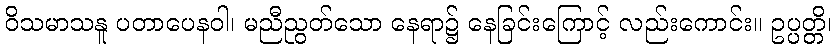
ဝိသမာသနူ ပတာပေနဝါ၊ မညီညွတ်သော နေရာ၌ နေခြင်းကြောင့် လည်းကောင်း။ ဥပ္ပတ္တိ၊